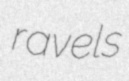
ravels